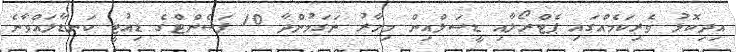
އިދިކޮޅު ވެރިކަމެއްގައި ޕެޓްރޯލާއި ޑީސަލްއިން މިހާރު ނަގަމުންދާ 10 ޕަސެންޓްގެ ޑިއުޓީ ކަނޑާލައްވާނެ